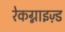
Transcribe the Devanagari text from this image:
रेकग्नाइज़्ड